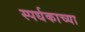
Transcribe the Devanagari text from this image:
स्पर्धकाच्या